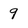
Character: 9